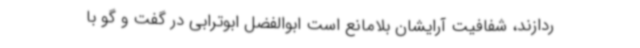
ردازند، شفافیت آرایشان بلامانع است ابوالفضل ابوترابی در گفت و گو با